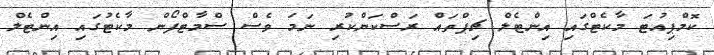
ކޮމްޕިއުޓަ މާކެޓްގައި އިންޓެލް ޗިޕްތައް ރަސްކަންކުރި ނަމަ ވެސް ސްމާޓްފޯން މާކެޓުގައި އިންޓެލް